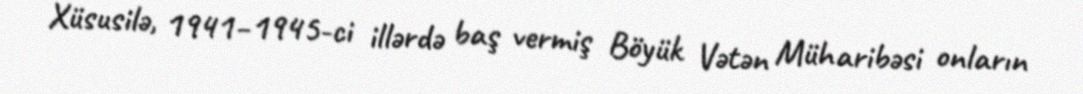
Xüsusilə, 1941–1945-ci illərdə baş vermiş Böyük Vətən Müharibəsi onların